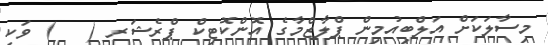
މިސާލަކަށް އަލްބިއުމިން ޕްލާޒްމާގެ އޮންކޮޓިކް ޕްރެޝަރ (   ) ވަކި